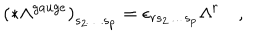
\left( * \Lambda ^ { g a u g e } \right) _ { s _ { 2 } \ldots s _ { p } } = \epsilon _ { r s _ { 2 } \ldots s _ { p } } \Lambda ^ { r } \quad ,